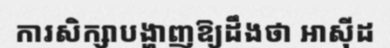
ការសិក្សាបង្ហាញឱ្យដឹងថា អាស៊ីដ